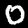
Label: 0